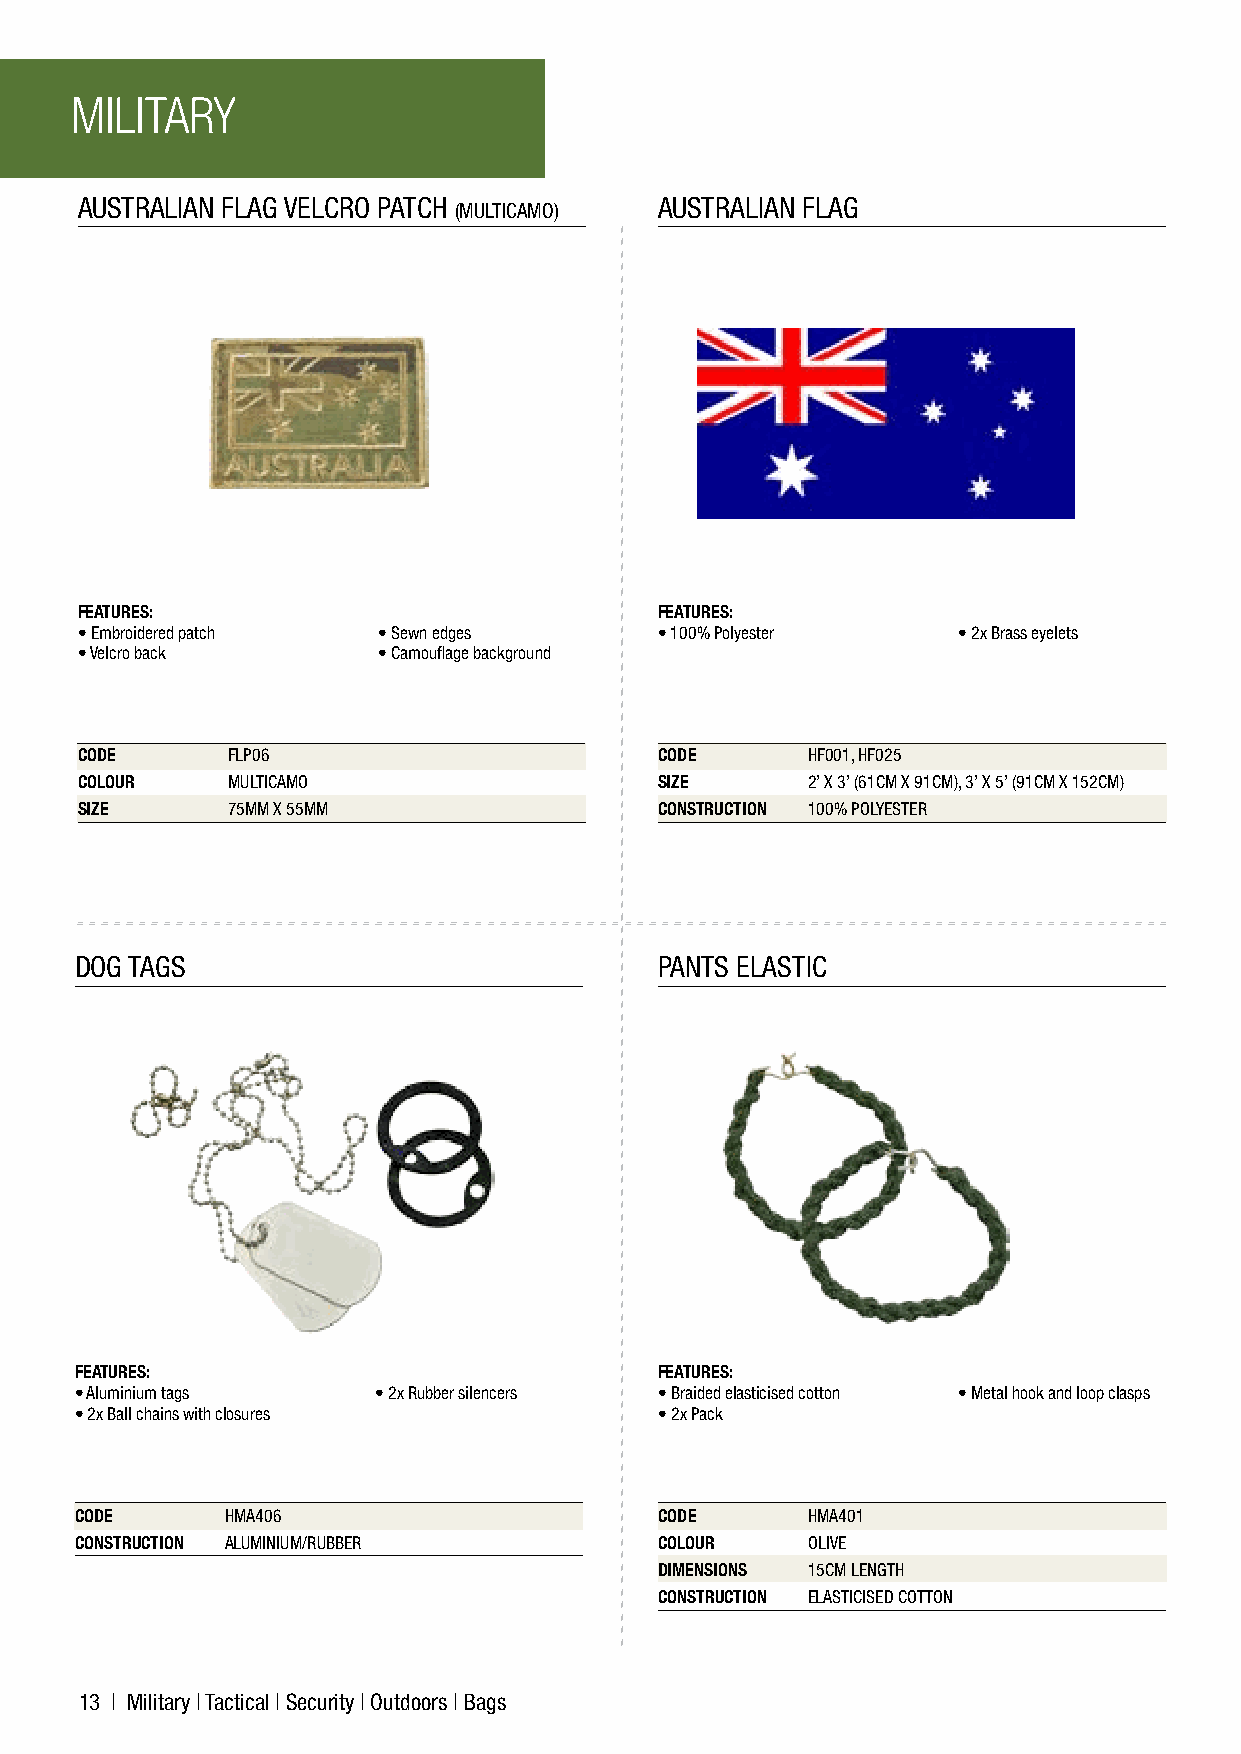
MILITARY
 AUSTRALIAN FLAG VELCRO PATCH           AUSTRALIAN FLAG
 (MULTICAMO)
 F
 FEATURES:                              FEATURES:
 • Embroidered patch • Sewn edges       • 100% Polyester   • 2x Brass eyelets
 • Velcro back       • Camouflage background   O
 O
 CODE      FLP06                        CODE     HF001, HF025
 COLOUR    MULTICAMO                    SIZE     2’ X 3’ (61CM X 91CM), 3’ X 5’ (91CM X 152CM)
 SIZE      75MM X 55MM                  CONSTRUCTION 100% POLYESTER
 R
 P
 DOG TAGS                               PANTS ELASTIC
 FEATURES:                              FEATURES:
 • Aluminium tags    • 2x Rubber silencers • Braided elasticised cotton • Metal hook and loop clasps
 • 2x Ball chains with closures         • 2x Pack
 CODE      HMA406                       CODE     HMA401
 CONSTRUCTION ALUMINIUM/RUBBER          COLOUR   OLIVE
 DIMENSIONS 15CM LENGTH
 CONSTRUCTION ELASTICISED COTTON
 13 | Military | Tactical | Security | Outdoors | Bags